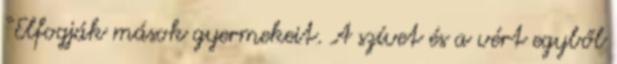
“Elfogják mások gyermekeit. A szívet és a vért egyből